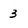
Character: 3